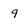
Character: 9